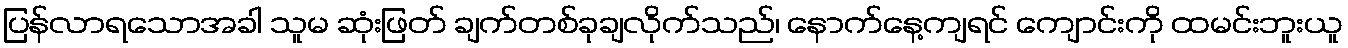
ပြန်လာရသောအခါ သူမ ဆုံးဖြတ် ချက်တစ်ခုချလိုက်သည်၊ နောက်နေ့ကျရင် ကျောင်းကို ထမင်းဘူးယူ